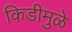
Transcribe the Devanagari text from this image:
किडीमुळे